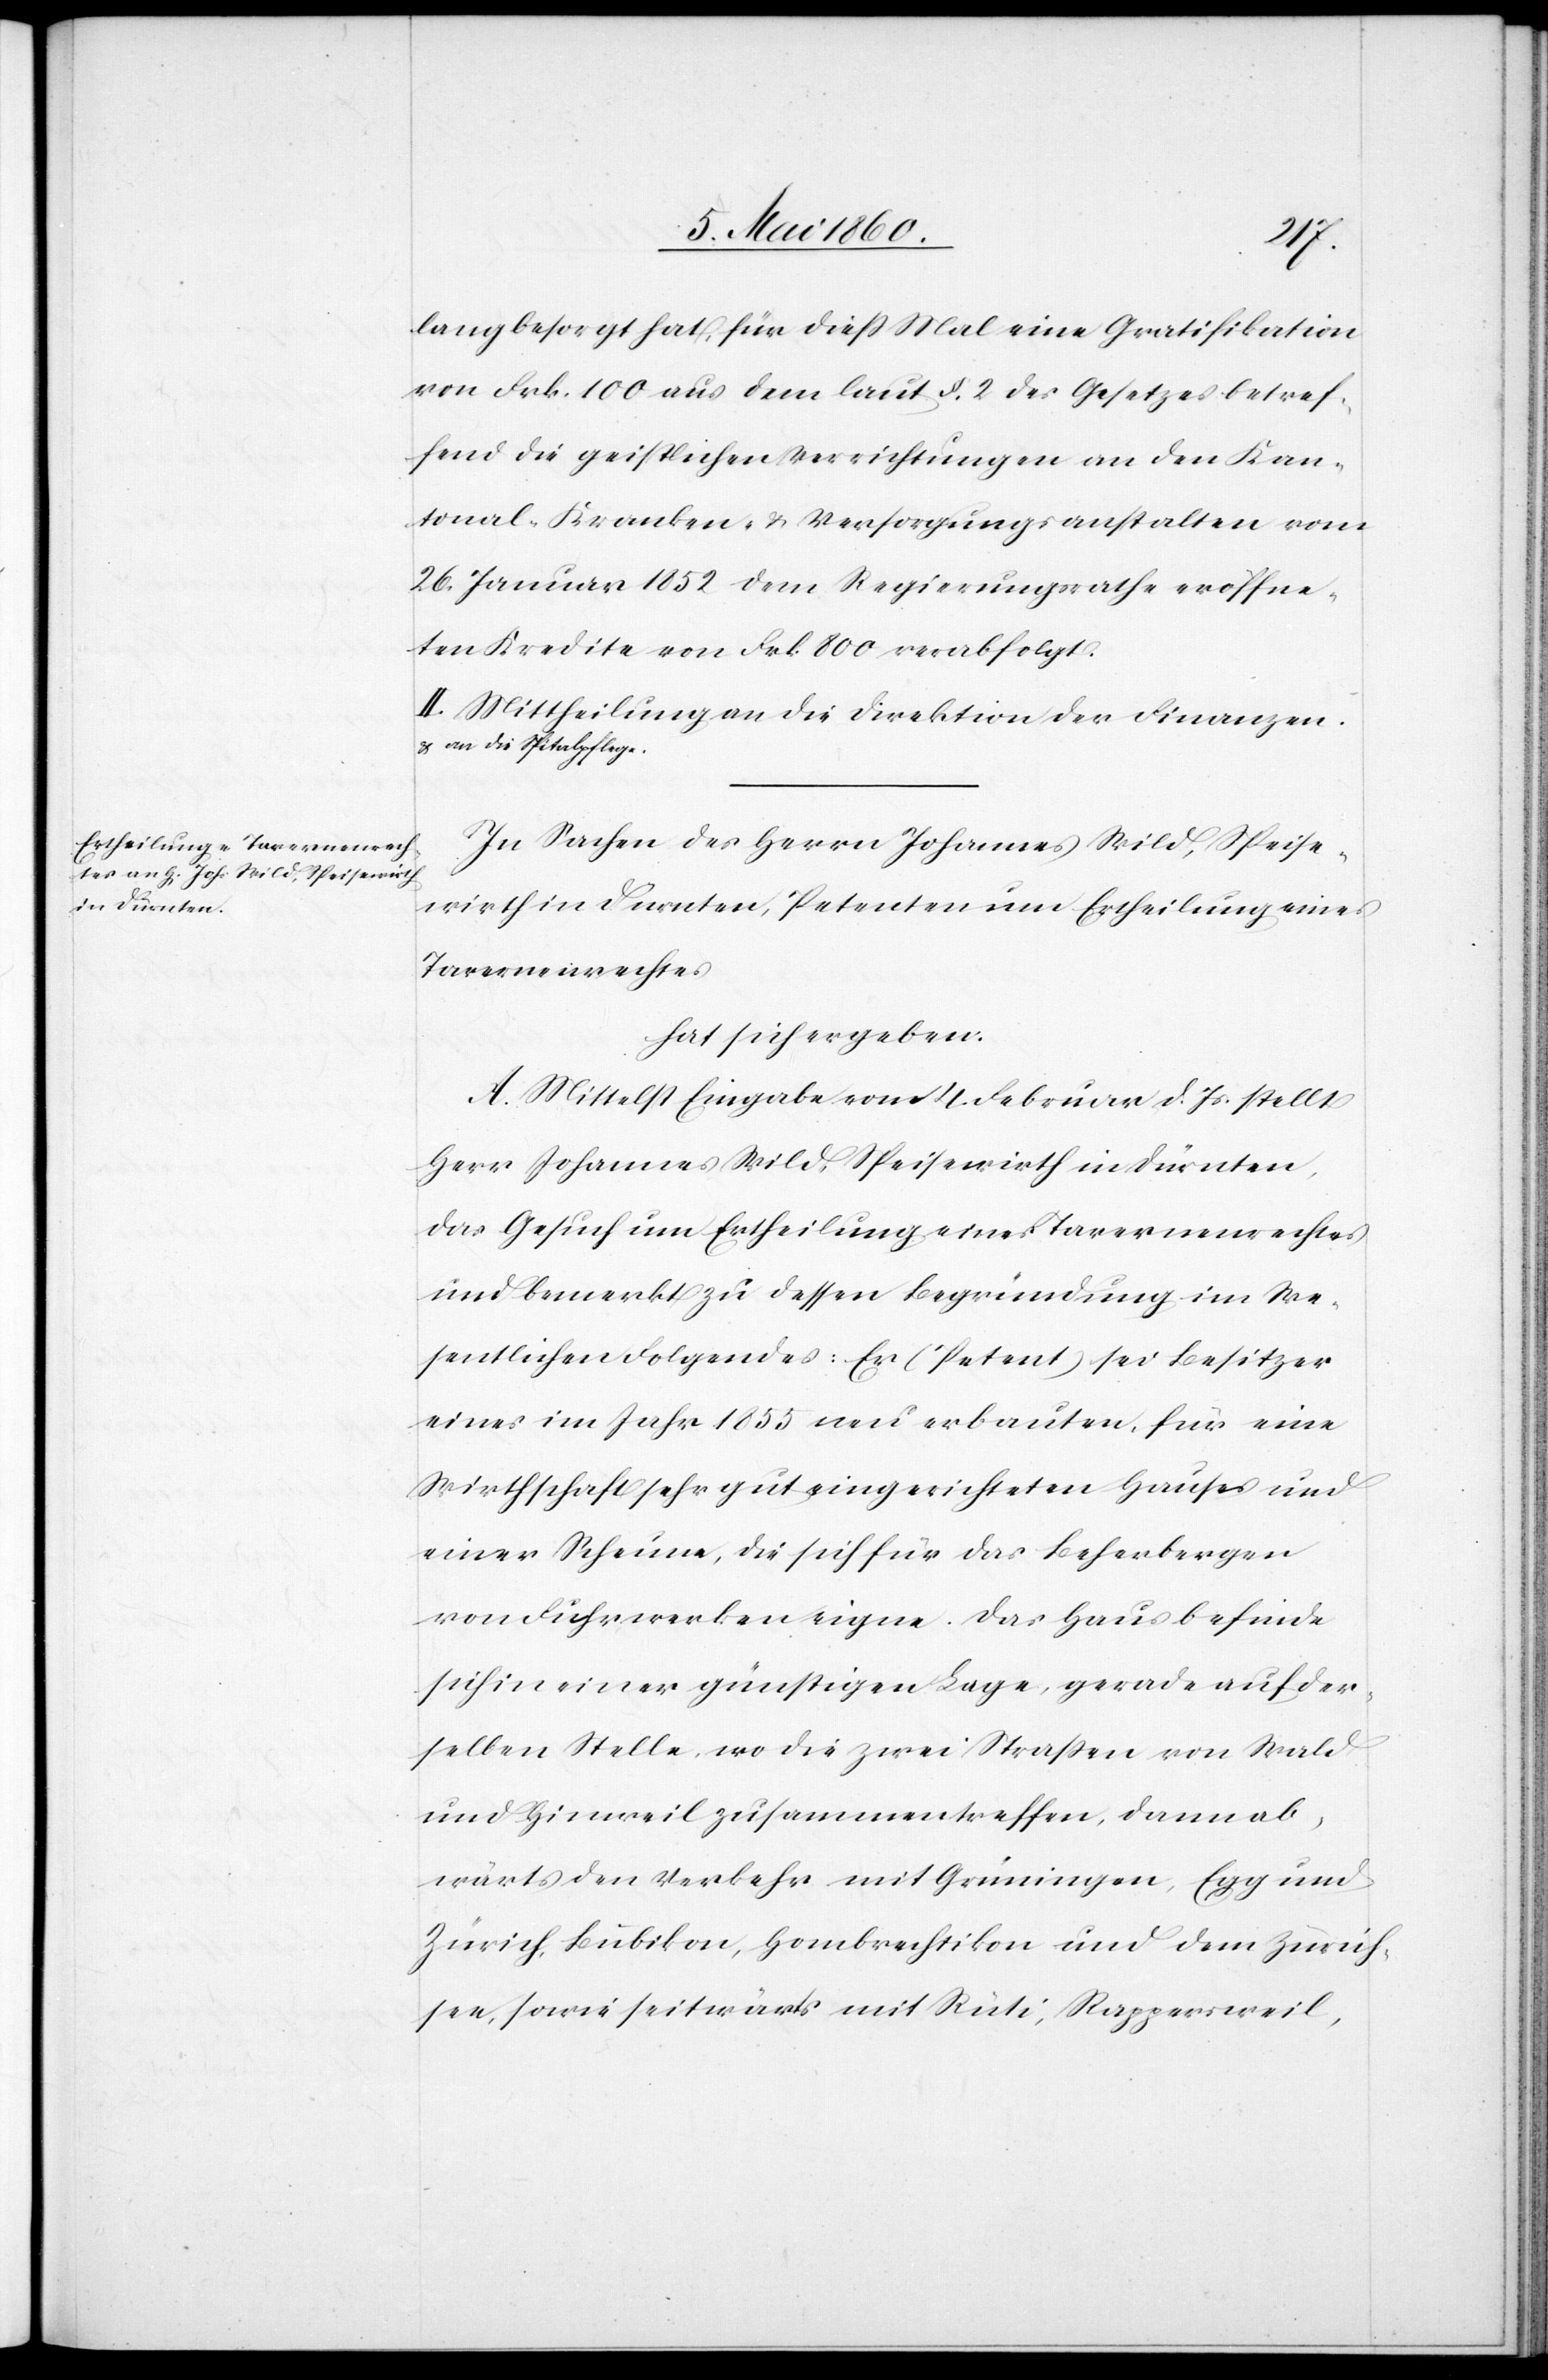
lang besorgt hat, für diess Mal eine Gratifikation
von Frk. 100 aus dem laut §. 2. des Gesetzes betref¬
fend die geistlichen Verrichtungen an den Kan¬
tonal- Kranken- u. Versorgungsanstalten vom
26. Januar 1852 dem Regierungsrathe eröffne¬
ten Kredite von Frk. 800 verabfolgt.
II. Mittheilung an die Direktion der Finanzen
u. an die Spitalpflege.
In Sachen des Herrn Johannes Wild, Speise¬
wirth in Durnten [sic!], Petenten um Ertheilung eines
Tavernenrechtes
hat sich ergeben:
A. Mittelst Eingabe von 4. Februar d. Js. stellt
Herr Johannes Wild, Speisewirth in Dürnten,
Das Gesuch um Ertheilung eines Tavernenrechtes
und bemerkt zu dessen Begründung im We¬
sentlichen Folgendes: Er (Petent) sei Besitzer
eines im Jahr 1855 neu erbauten, für eine
Wirthschaft sehr gut eingerichteten Hauses und
einer Scheune, die sich für das Beherbergen
von Fuhrwerken eigne. Das Haus befinde
sich in einer günstigen Lage, gerade auf der¬
selben Stelle, wo die zwei Strassen von Wald
und Hinweil zusammentreffen, dann ab¬
wärts den Verkehr mit Grüningen, Egg und
Zürich, Bubikon, Hombrechtikon und dem Zürich¬
see, sowie seitwärts mit Rüti, Rappersweil,